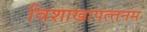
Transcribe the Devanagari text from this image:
विशाखापत्‍तनम